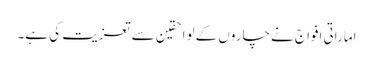
اماراتی افواج نے چاروں کے لواحقین سے تعزیت کی ہے۔